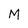
Character: M